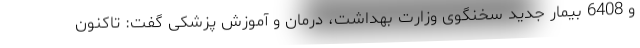
و 6408 بیمار جدید سخنگوی وزارت بهداشت، درمان و آموزش پزشکی گفت: تاکنون